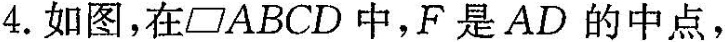
4. 如图，在▱ABCD中，F 是AD 的中点，